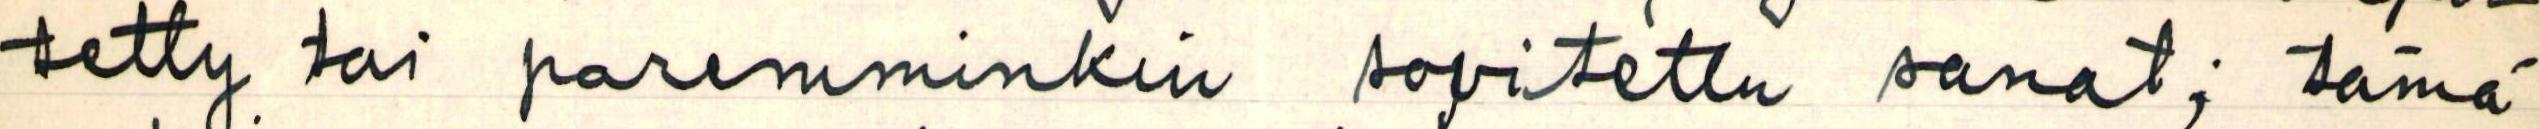
tetty tai paremminkin sovitettu sanat; tämä